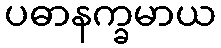
ပဓာနက္ခမာယ